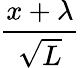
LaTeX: \frac{x+\lambda}{\sqrt{L}}